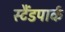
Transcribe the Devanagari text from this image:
स्टैंडपार्क